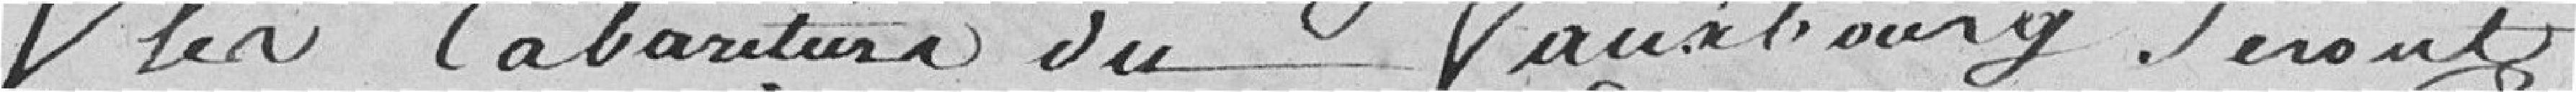
les cabaretiers du faubourg seront